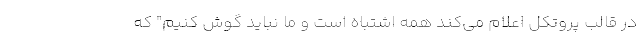
در قالب پروتکل اعلام می‌کند همه اشتباه است و ما نباید گوش کنیم" که